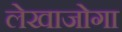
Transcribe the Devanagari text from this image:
लेखाजोगा